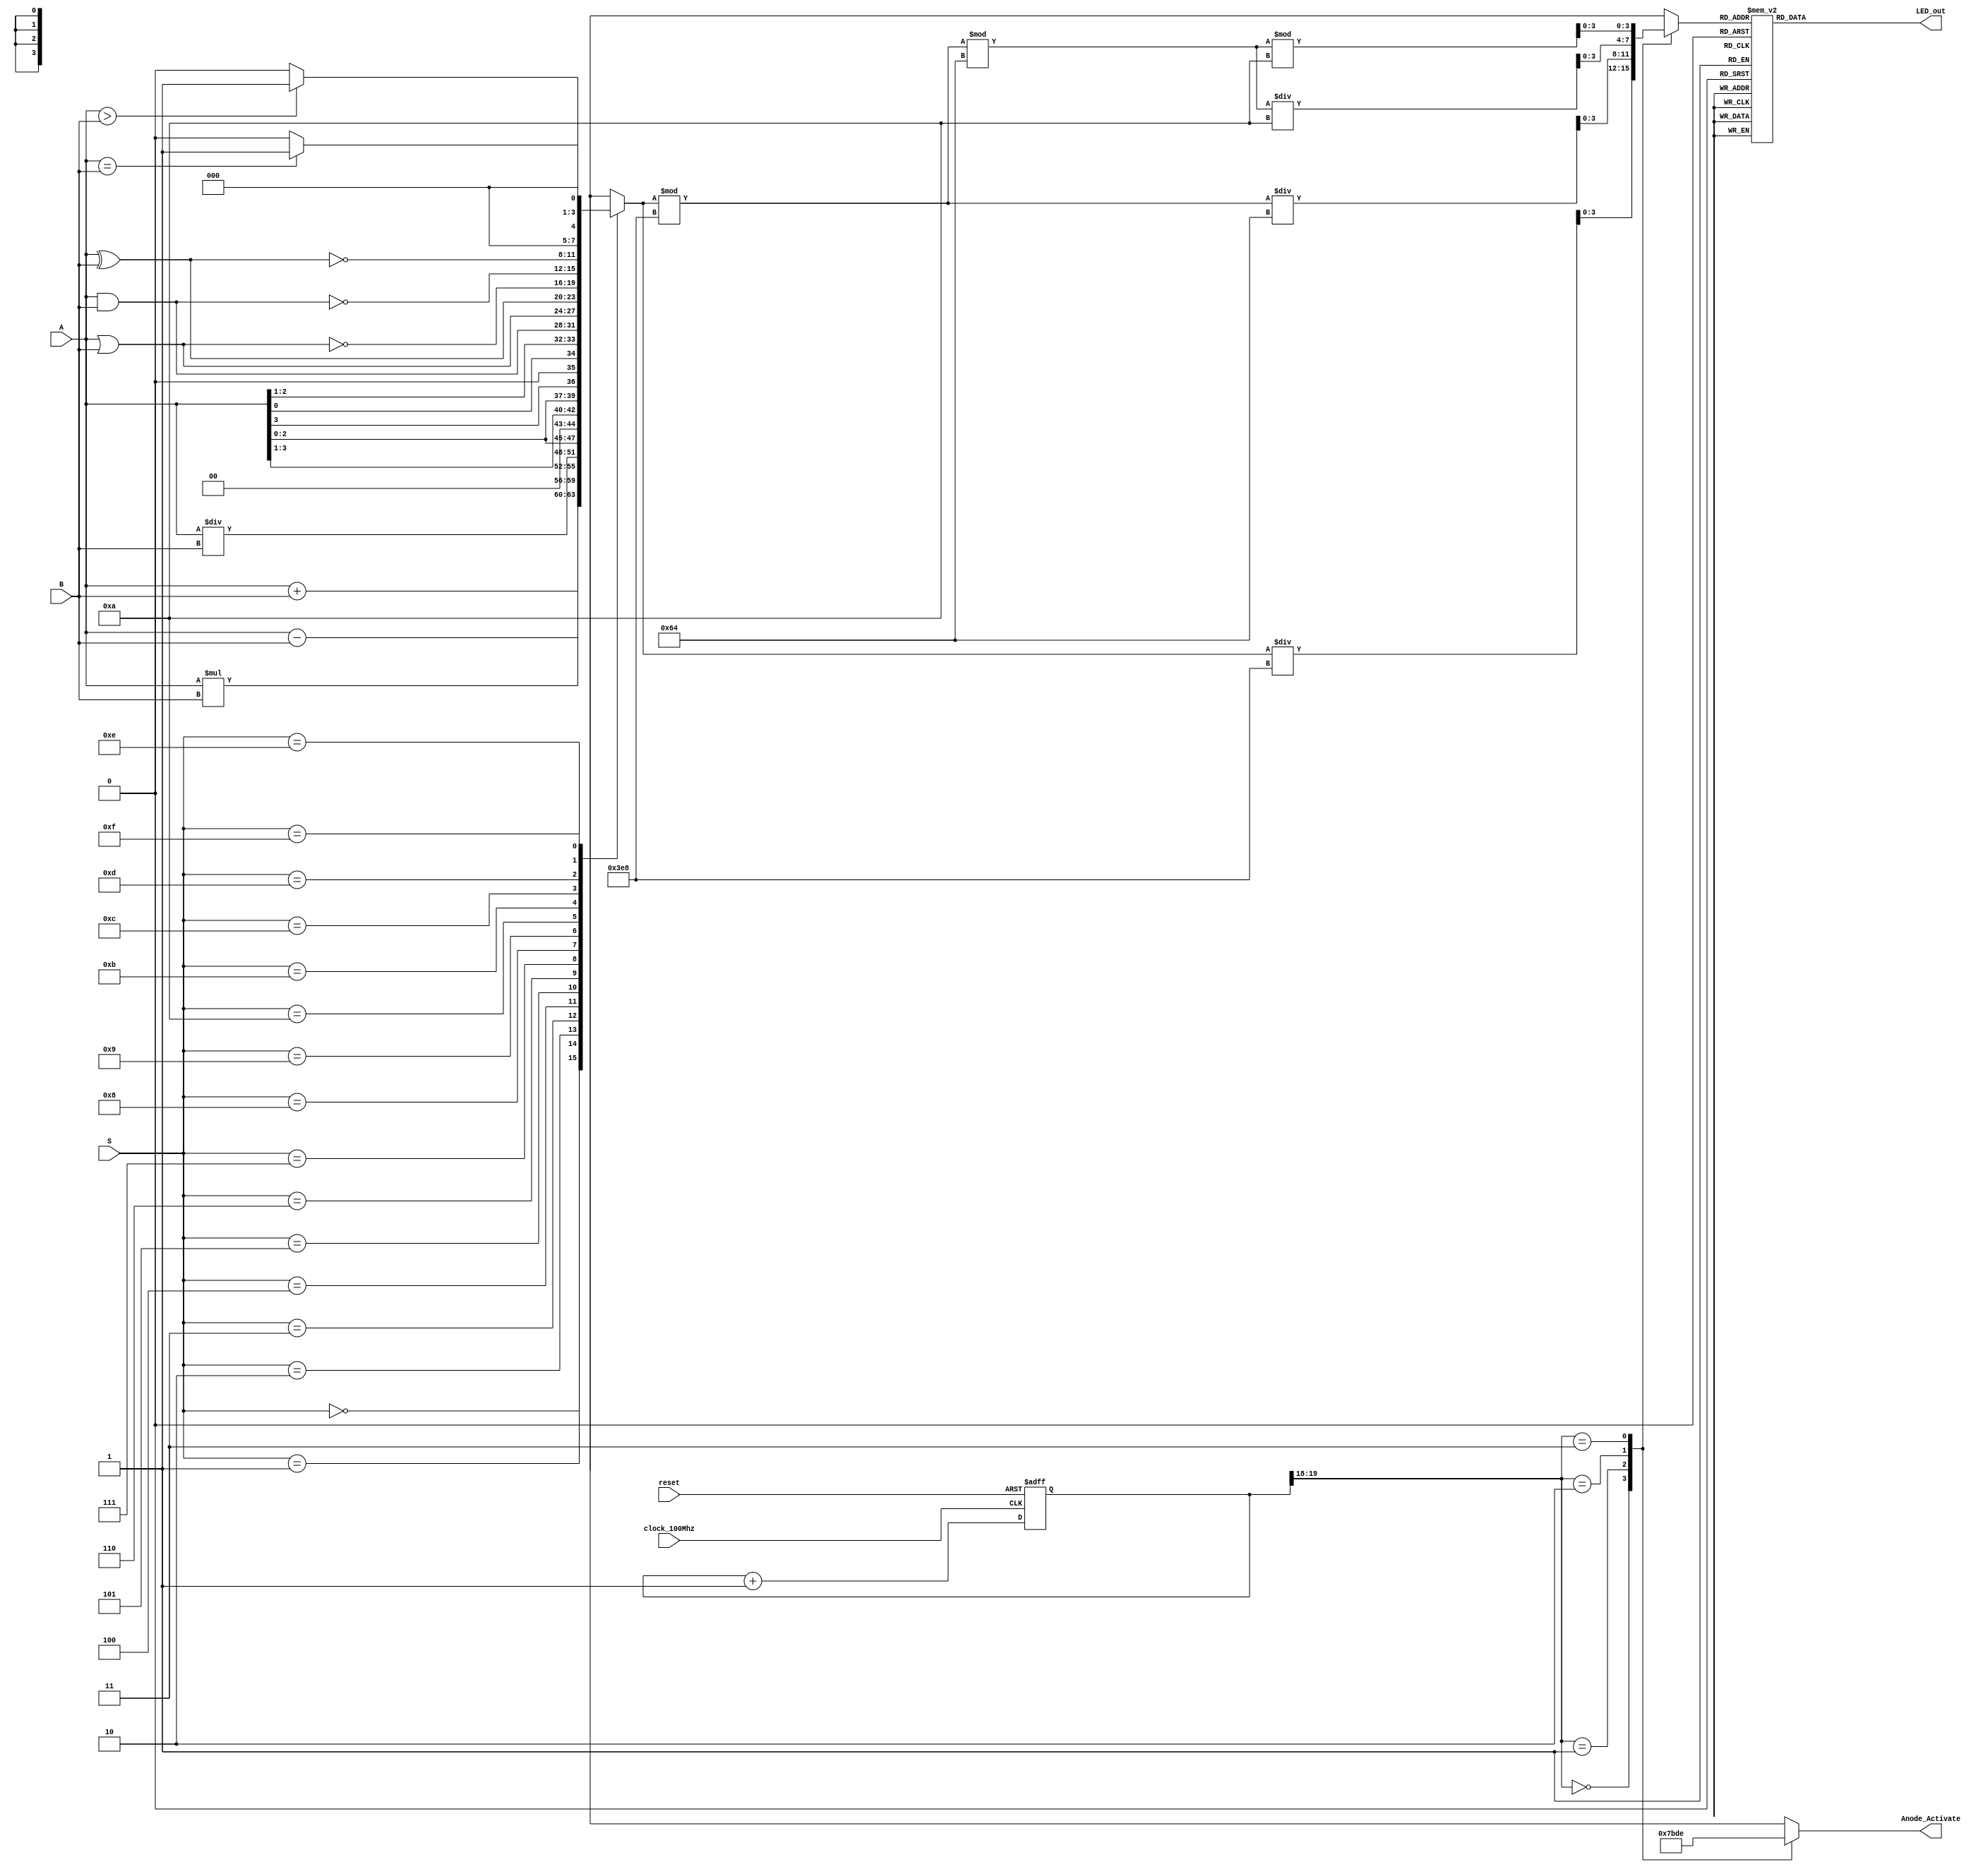
`timescale 1ns / 1ps
//////////////////////////////////////////////////////////////////////////////////
// Company: IIIT Dharwad
// 
// Design Name: ALU 4bit 2 Digit
// Module Name: ALU
// Project Name: 2 digit 4Bit ALU
// Target Devices: BASYS3
// Tool Versions: 
// Description: 
// 
// Dependencies: 
// 
// Revision:1.0
// Revision 0.01 - File Created
// Additional Comments:
// 
//////////////////////////////////////////////////////////////////////////////////
module ALU(
    input clock_100Mhz, // 100 Mhz clock source on Basys 3 FPGA
    input reset,// reset
	input [3:0] A,B,  // ALU 4-bit Inputs                 
    input [3:0] S,// ALU Selection	
    output reg [3:0] Anode_Activate, // anode signals of the 7-segment LED display
    output reg [6:0] LED_out// cathode patterns of the 7-segment LED display
    );
    reg [26:0] one_second_counter; // counter for generating 1 second clock enable
    wire one_second_enable;// one second enable for counting numbers
    reg [3:0] LED_BCD;
    reg [19:0] refresh_counter; // 20-bit for creating 10.5ms refresh period or 380Hz refresh rate
             // the first 2 MSB bits for creating 4 LED-activating signals with 2.6ms digit period
    wire [1:0] LED_activating_counter; 
                 // count     0    ->  1  ->  2  ->  3
              // activates    LED1    LED2   LED3   LED4
             // and repeat
	reg [3:0] ALU_Result;
	//assign Out = ALU_Result; // ALU out
	wire [8:0] tmp;
	assign tmp = {1'b0,A} + {1'b0,B};
	//assign CarryOut = tmp[8]; // Carryout flag
    always @(posedge clock_100Mhz or posedge reset)
    begin
        if(reset==1)
            one_second_counter <= 0;
        else begin
            if(one_second_counter>=99999999) 
                 one_second_counter <= 0;
            else
                one_second_counter <= one_second_counter + 1;
        end
    end 
    assign one_second_enable = (one_second_counter==99999999)?1:0;

    always @(posedge clock_100Mhz or posedge reset)
    begin 
        if(reset==1)
            refresh_counter <= 0;
        else
            refresh_counter <= refresh_counter + 1;
    end 
    assign LED_activating_counter = refresh_counter[19:18];
    // anode activating signals for 4 LEDs, digit period of 2.6ms
    // decoder to generate anode signals 
    always @(*)
    begin
        case(LED_activating_counter)
        2'b00: begin
            Anode_Activate = 4'b0111; 
            // activate LED1 and Deactivate LED2, LED3, LED4
            LED_BCD = ALU_Result/1000;
            // the first digit of the 16-bit number
              end
        2'b01: begin
            Anode_Activate = 4'b1011; 
            // activate LED2 and Deactivate LED1, LED3, LED4
            LED_BCD = (ALU_Result % 1000)/100;
            // the second digit of the 16-bit number
              end
        2'b10: begin
            Anode_Activate = 4'b1101; 
            // activate LED3 and Deactivate LED2, LED1, LED4
            LED_BCD = ((ALU_Result % 1000)%100)/10;
            // the third digit of the 16-bit number
                end
        2'b11: begin
            Anode_Activate = 4'b1110; 
            // activate LED4 and Deactivate LED2, LED3, LED1
            LED_BCD = ((ALU_Result % 1000)%100)%10;
            // the fourth digit of the 16-bit number    
               end
        endcase
    end
    // Cathode patterns of the 7-segment LED display 
    always @(*)
    begin
        case(LED_BCD)
        4'b0000: LED_out = 7'b0000001; // "0"     
        4'b0001: LED_out = 7'b1001111; // "1" 
        4'b0010: LED_out = 7'b0010010; // "2" 
        4'b0011: LED_out = 7'b0000110; // "3" 
        4'b0100: LED_out = 7'b1001100; // "4" 
        4'b0101: LED_out = 7'b0100100; // "5" 
        4'b0110: LED_out = 7'b0100000; // "6" 
        4'b0111: LED_out = 7'b0001111; // "7" 
        4'b1000: LED_out = 7'b0000000; // "8"     
        4'b1001: LED_out = 7'b0000100; // "9" 
        default: LED_out = 7'b0000001; // "0"
        endcase
    end
	always @(*)
		begin  
		case(S)
        4'b0000: // Addition
           ALU_Result = A + B ; 
        4'b0001: // Subtraction
           ALU_Result = A - B ;
        4'b0010: // Multiplication
           ALU_Result = A * B;
        4'b0011: // Division
           ALU_Result = A/B;
        4'b0100: // Logical shift left
           ALU_Result = A<<1;
         4'b0101: // Logical shift right
           ALU_Result = A>>1;
         4'b0110: // Rotate left
           ALU_Result = {A[2:0],A[3]};
         4'b0111: // Rotate right
           ALU_Result = {A[0],A[2:1]};
          4'b1000: //  Logical and 
           ALU_Result = A & B;
          4'b1001: //  Logical or
           ALU_Result = A | B;
          4'b1010: //  Logical xor 
           ALU_Result = A ^ B;
          4'b1011: //  Logical nor
           ALU_Result = ~(A | B);
          4'b1100: // Logical nand 
           ALU_Result = ~(A & B);
          4'b1101: // Logical xnor
           ALU_Result = ~(A ^ B);
          4'b1110: // Greater comparison
           ALU_Result = (A>B)?4'd1:4'd0 ;
          4'b1111: // Equal comparison   
            ALU_Result = (A==B)?4'd1:4'd0 ;
          default: ALU_Result = A + B ; 
        endcase 
    end
 endmodule